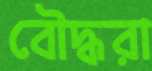
বৌদ্ধরা